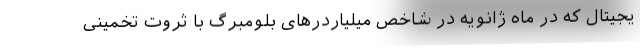
یجیتال که در ماه ژانویه در شاخص میلیاردرهای بلومبرگ با ثروت تخمینی